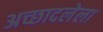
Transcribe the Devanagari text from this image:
अच्छादलेला